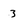
Character: 3